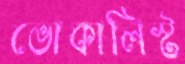
ভোকালিস্ট